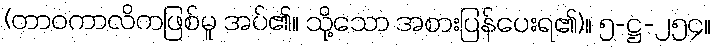
(တာဝကာလိကဖြစ်မူ အပ်၏။ သို့သော အစားပြန်ပေးရ၏)။ ၅-ဋ္ဌ-၂၅၄။